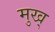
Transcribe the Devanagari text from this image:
मुख्